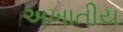
અખાતીય